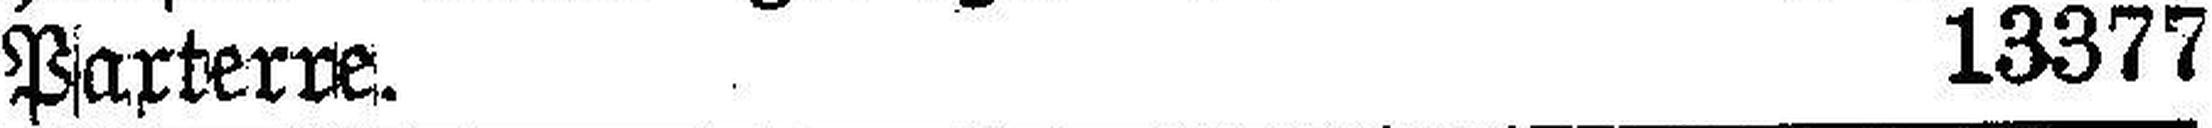
Paxterve. 13377